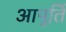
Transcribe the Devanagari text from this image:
आपूर्ति